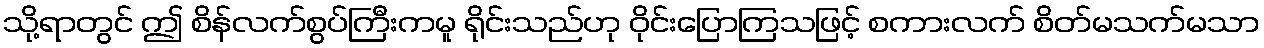
သို့ရာတွင် ဤ စိန်လက်စွပ်ကြီးကမူ ရိုင်းသည်ဟု ဝိုင်းပြောကြသဖြင့် စကားလက် စိတ်မသက်မသာ